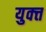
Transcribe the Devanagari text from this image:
युक्त्त